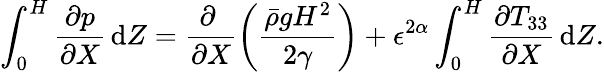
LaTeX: \int_{0}^{H}\frac{\partial p}{\partial X}\, \mathrm{d}Z=\frac{\partial~}{\partial X}\left(\frac{\bar{\rho}gH^{2}}{2\gamma}\right)+\epsilon^{2\alpha}\int_{0}^{H}\frac{\partial T_{33}}{\partial X}\, \mathrm{d}Z.